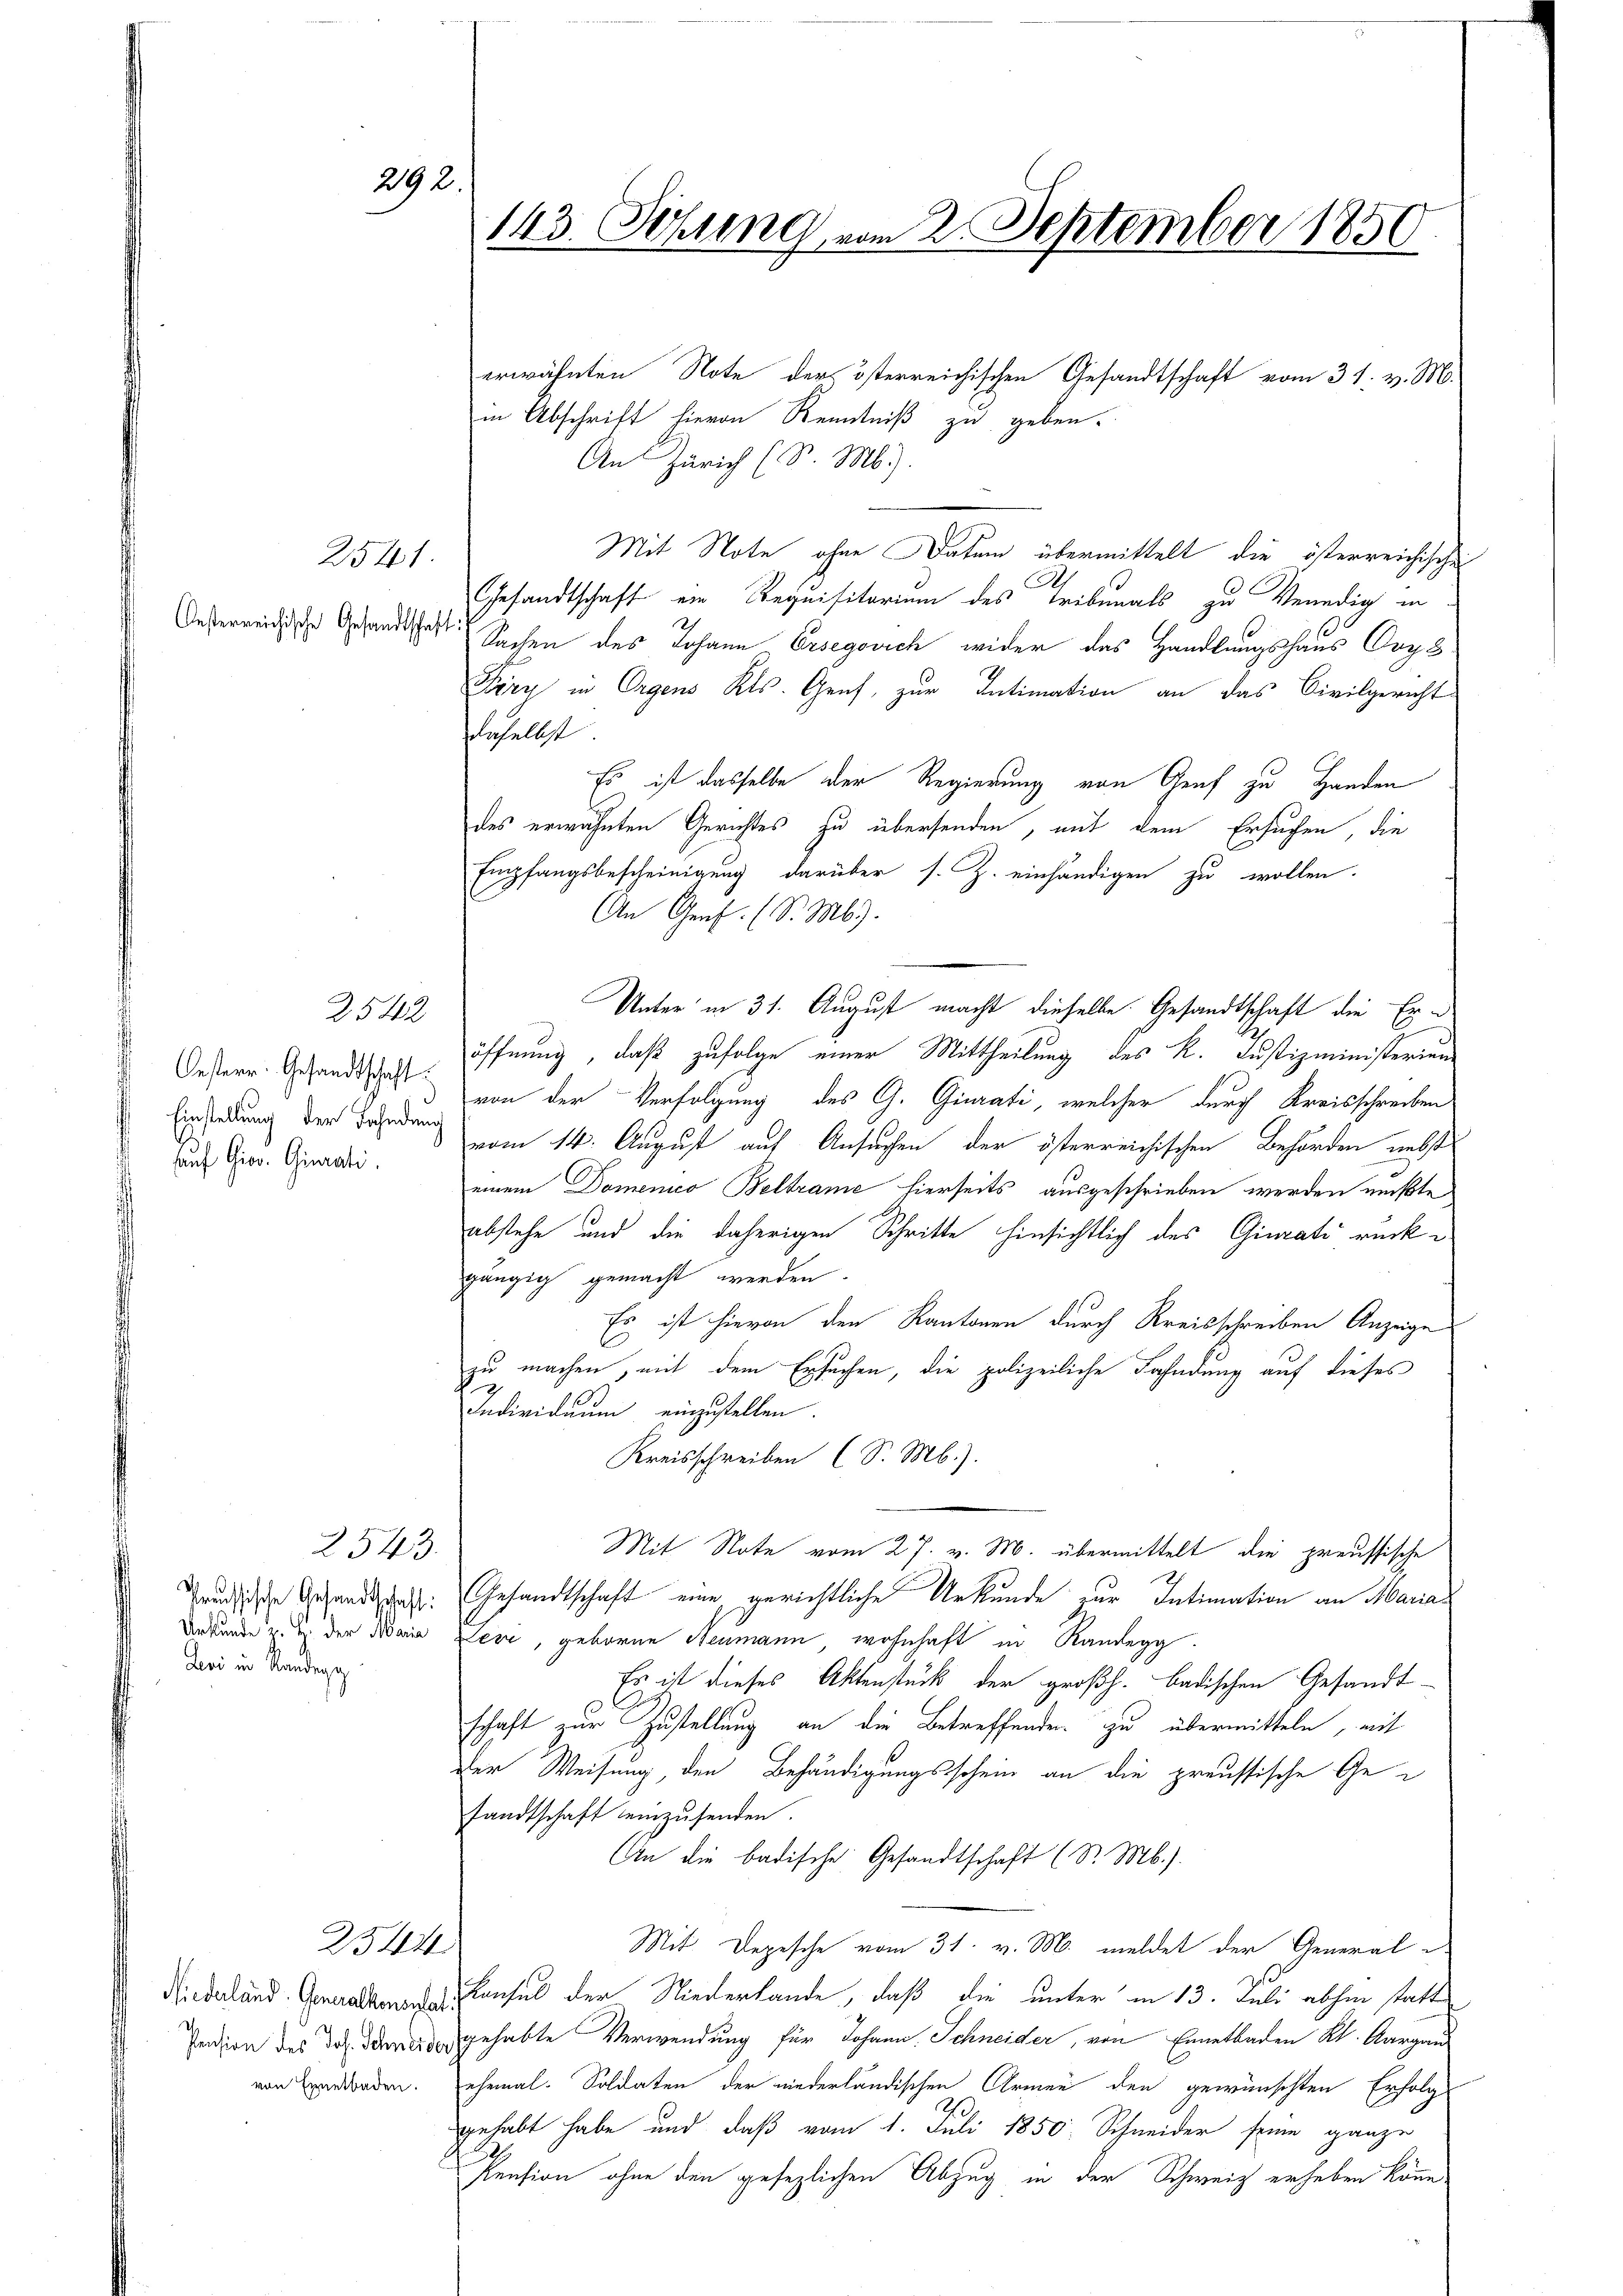
2541.
Oesterreichische Gesandtschaft

2542

292

Oesterr. Gesandtschaft
Einstellung der Fahnden
Auf Giov. Girati

2543
Preussische Gesandtschaft:
Urkunde v. H. der Maria
Leri in Kandegg

Niederland. Generalkonsulat
Pension des Jos. Schneider
von Ernetbaden.

2544

143. Febung vom 2. September 1850

erwähnten Note der österreichischen Gesandtschaft vom 31. v. M.
in Abschrift hievon Kenntniß zu geben.
An Zürich (S. M.).
Mit Note ohne Datum übermittelt, die österreichische
A
Gesandtschaft ein Requisitorium des Tribunals zu Venedig in
Sachen des Johann Ersegovich wider das Handlungshaus Ory 3
Fery in Orgens Kts. Genf, zur Intimation an das Civilgericht
daselbst
Es ist dasselbe der Regierung von Genf zu Handen
des erwähnten Gerichtes zu übersenden, mit dem Ersuchen, die
Empfangsbescheinigung darüber s. Z. einhändigen zu wollen.
An Genf. (S. Mb).
Unter in 31. August macht dieselbe. Gesandtschaft die Eröffnung, daß zufolge einer Mittheilung des k. Justizministerien
von der Verfolgung des G. Giurati, welcher durch Kreisschreiben
vom 14. August auf Ansuchen der österreichischen Behörden nebst
einem Domenico Beltrame hierseits ausgeschrieben werden mußte
abstehe und die daherigen Schritte hinsichtlich des Giurati rück e
gängig gemacht werden.
Es ist hievon den Kantonen durch Kreisschreiben Anzeige
zu machen, mit dem Ersuchen, die polizeiliche Fahndung auf dieses
Individuum einzustellen.
Kreisschreiben (S. M.).
Mit Note vom 27. v. M. übermittelt die preussische
Gesandtschaft eine gerichtliche Urkunde zur Intimation an Maria
Lecr, geboren Neumann wohnhaft in Randegg.
Es ist dieses Aktenstück der großh. badischen Gesandt-
schaft zur Zustellung an die Betreffenden zu übermitteln, mit
der Weisung, den Behändigungsschein an die preussische Gesandtschaft einzusenden.
An die badische Gesandtschaft (S. M.).
Mit Depesche vom 31. v. M. meldet der General-
Konsul der Niederlande, daß die unter in 13. Juli abhin statt
gehabte Verwendung für Johann Schneider, von Ennetbaden Kt. Aargau
ehemal. Soldaten der niederländischen Armen den gewünschten Erfolg
gehabt habe und daß vom 1. Juli 1850. Schneider seine ganze
Pension ohne den gesezlichen Abzug in der Schweiz erheben könne